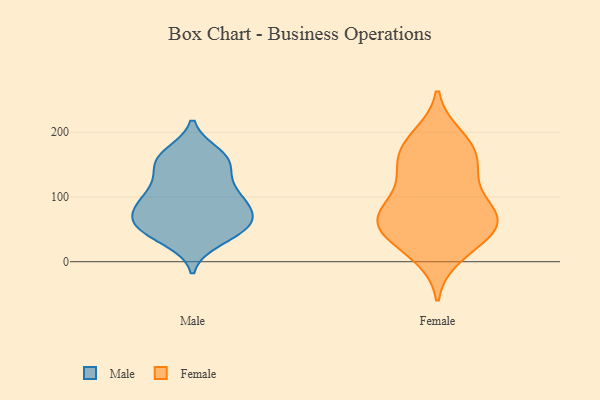
{"axis": {"x": "Headcount", "y": "Value"}, "legend": ["Female", "Male"], "data": [{"x": "", "y": 65, "type": "Male"}, {"x": "", "y": 34, "type": "Male"}, {"x": "", "y": 157, "type": "Male"}, {"x": "", "y": 90, "type": "Male"}, {"x": "", "y": 158, "type": "Male"}, {"x": "", "y": 107, "type": "Male"}, {"x": "", "y": 152, "type": "Male"}, {"x": "", "y": 82, "type": "Male"}, {"x": "", "y": 118, "type": "Male"}, {"x": "", "y": 154, "type": "Male"}, {"x": "", "y": 90, "type": "Male"}, {"x": "", "y": 110, "type": "Male"}, {"x": "", "y": 47, "type": "Male"}, {"x": "", "y": 62, "type": "Male"}, {"x": "", "y": 46, "type": "Male"}, {"x": "", "y": 166, "type": "Male"}, {"x": "", "y": 79, "type": "Male"}, {"x": "", "y": 55, "type": "Male"}, {"x": "", "y": 52, "type": "Male"}, {"x": "", "y": 68, "type": "Female"}, {"x": "", "y": 49, "type": "Female"}, {"x": "", "y": 134, "type": "Female"}, {"x": "", "y": 10, "type": "Female"}, {"x": "", "y": 159, "type": "Female"}, {"x": "", "y": 193, "type": "Female"}, {"x": "", "y": 178, "type": "Female"}, {"x": "", "y": 70, "type": "Female"}, {"x": "", "y": 180, "type": "Female"}, {"x": "", "y": 65, "type": "Female"}, {"x": "", "y": 22, "type": "Female"}, {"x": "", "y": 51, "type": "Female"}, {"x": "", "y": 80, "type": "Female"}, {"x": "", "y": 147, "type": "Female"}, {"x": "", "y": 120, "type": "Female"}, {"x": "", "y": 51, "type": "Female"}, {"x": "", "y": 79, "type": "Female"}]}